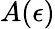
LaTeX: A(\epsilon)